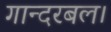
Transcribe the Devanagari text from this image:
गान्दरबल।